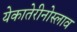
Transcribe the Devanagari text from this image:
येकातेरीनोस्लाव